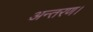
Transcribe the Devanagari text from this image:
अन्तरण।